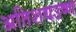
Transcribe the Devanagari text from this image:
अतिशयउष्ण